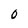
Character: 0